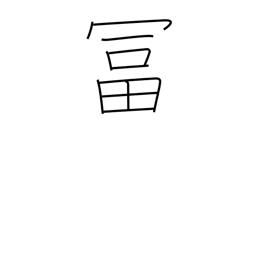
Meaning: wealthy